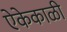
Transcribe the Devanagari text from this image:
ऐकेकाळी